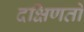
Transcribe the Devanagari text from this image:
दक्षिणतो